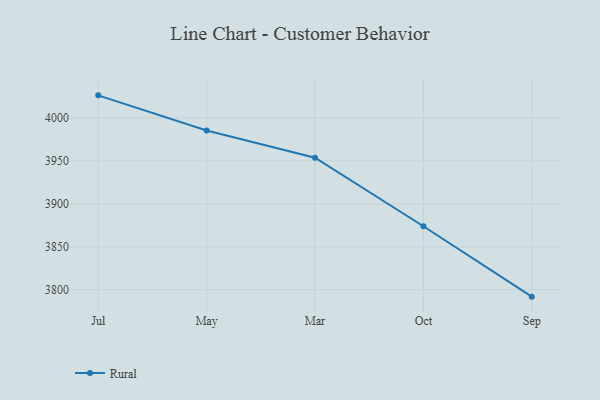
{"axis": {"x": "Month", "y": "Latency (ms)"}, "legend": ["Rural"], "data": [{"x": "Jul", "y": 4026.3, "type": "Rural"}, {"x": "May", "y": 3985.4, "type": "Rural"}, {"x": "Mar", "y": 3953.7, "type": "Rural"}, {"x": "Oct", "y": 3873.9, "type": "Rural"}, {"x": "Sep", "y": 3791.9, "type": "Rural"}]}